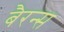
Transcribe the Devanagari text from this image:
बैरन्स